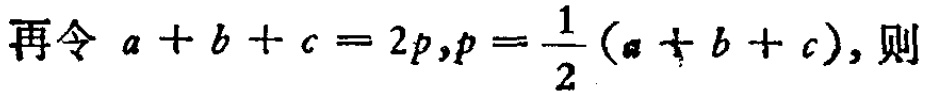
再令 \(a + b + c = 2p,p = \frac{1}{2}(a + b + c)\)，则